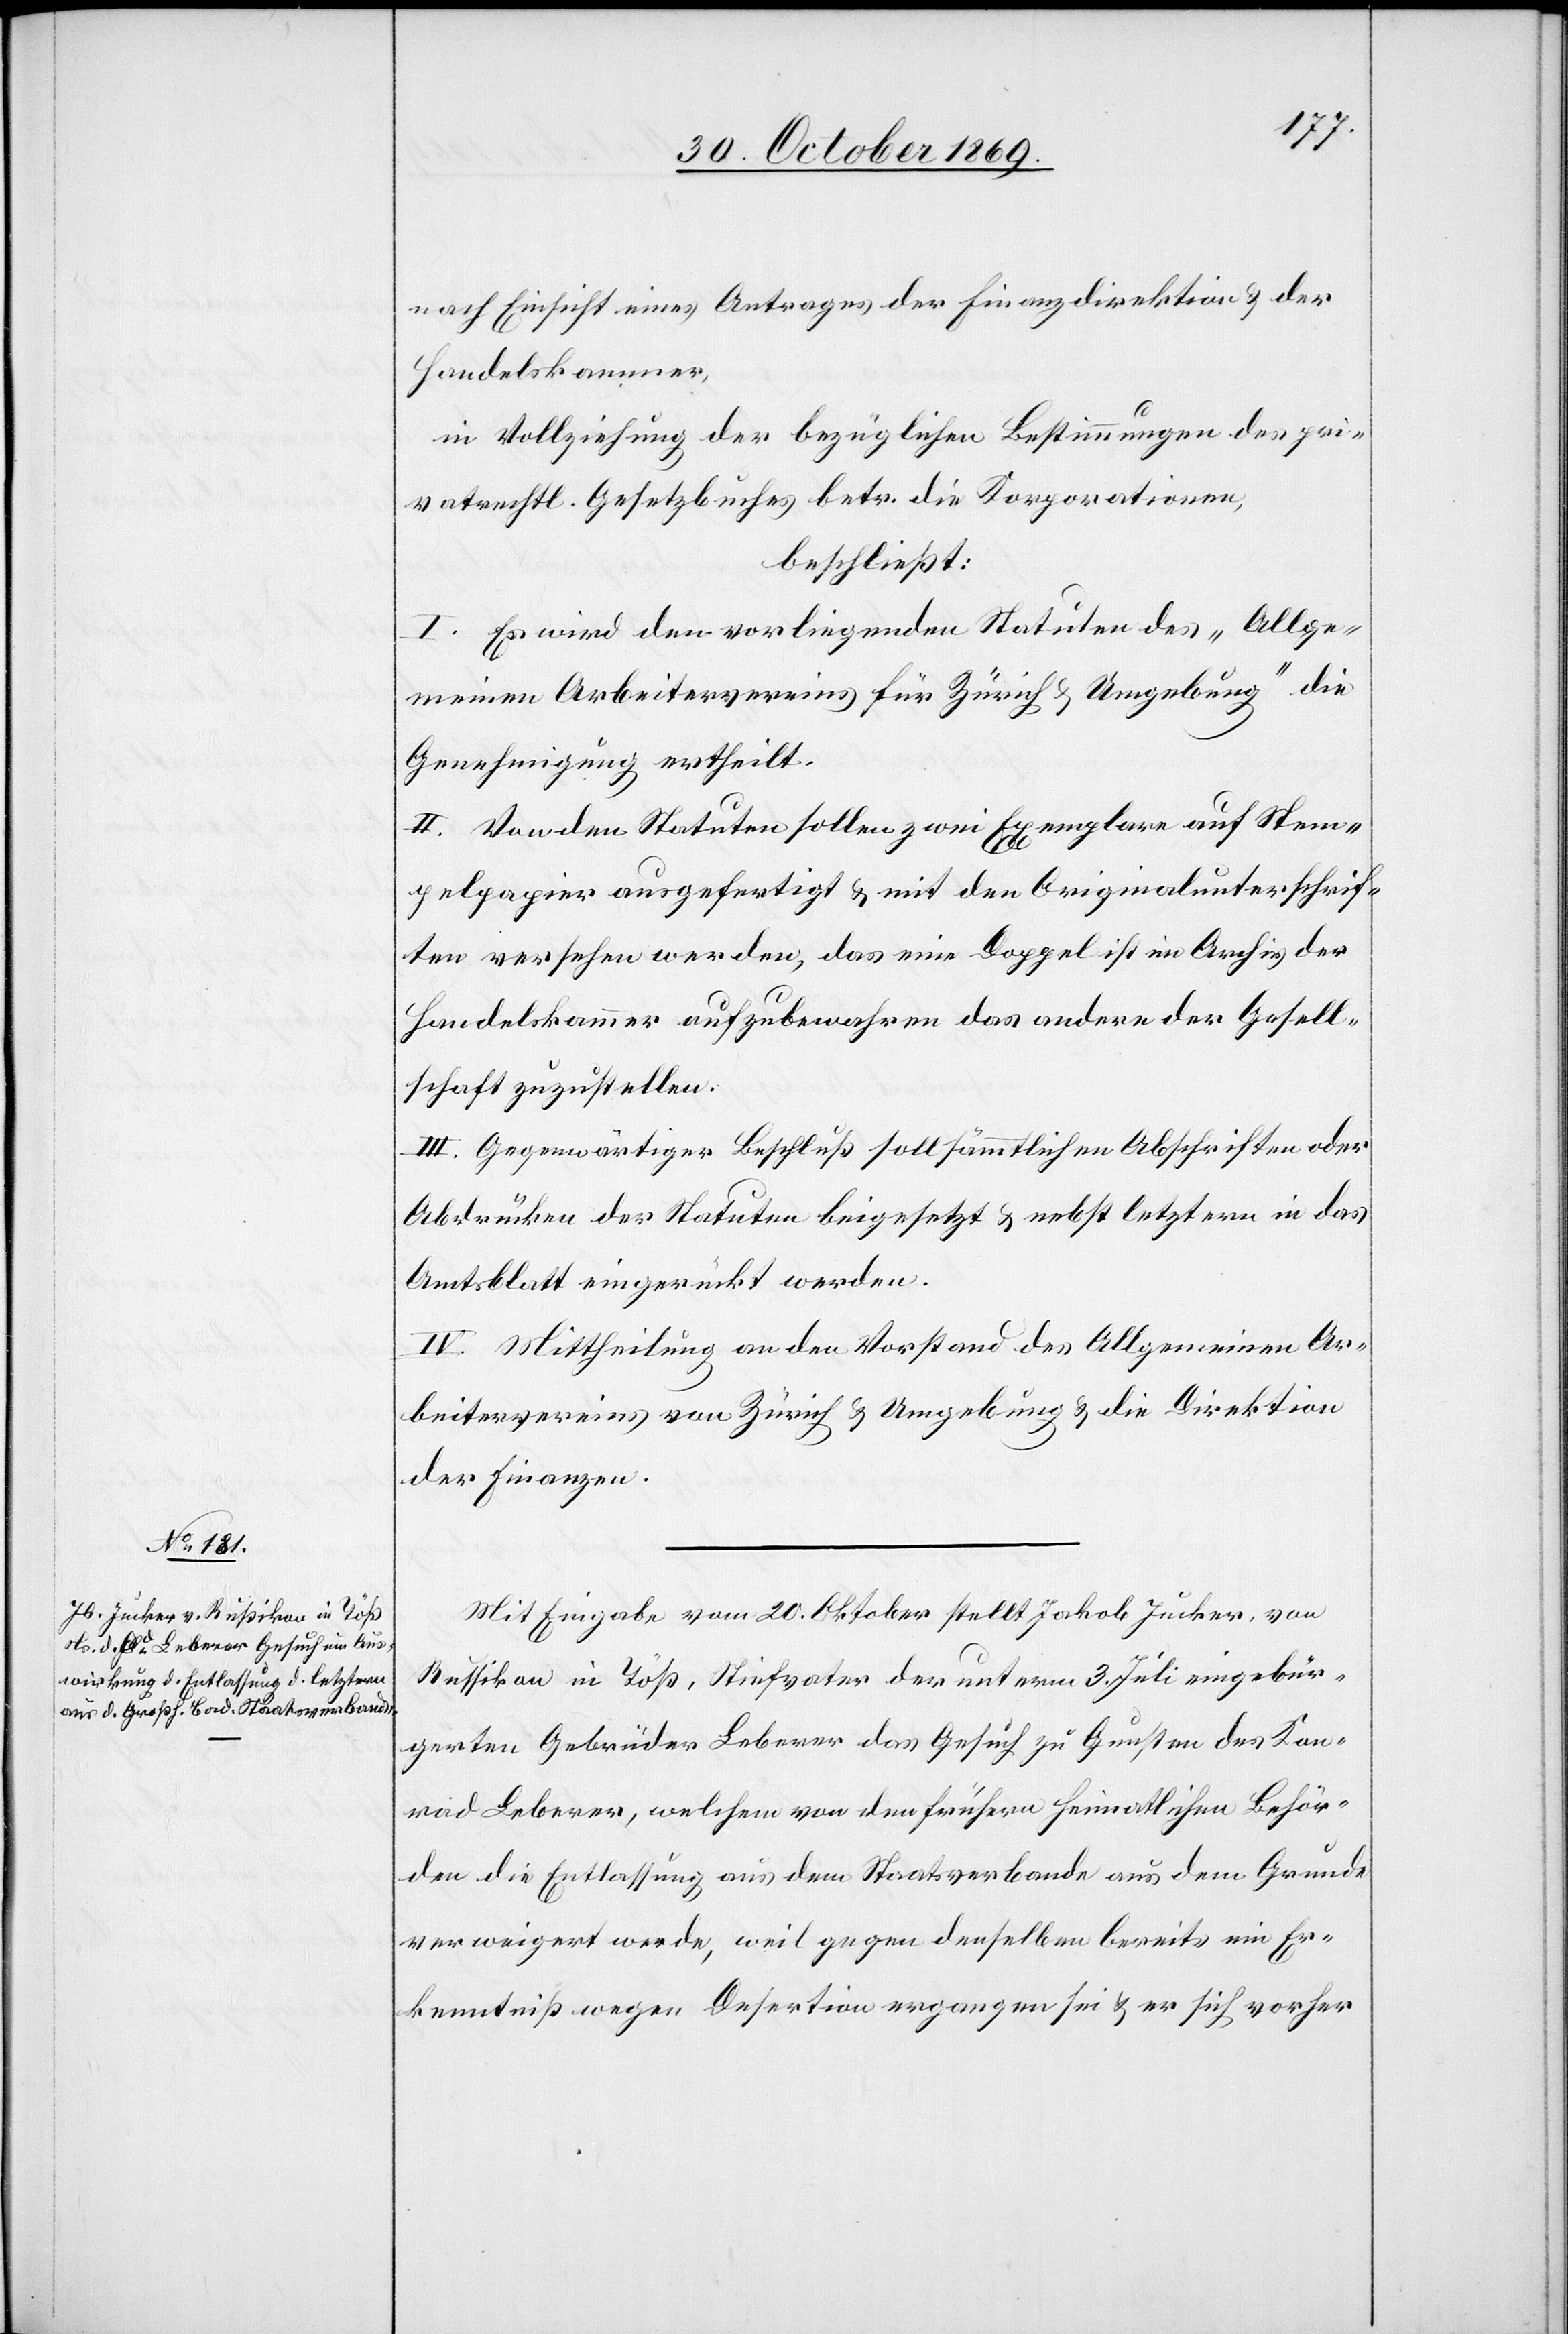
nach Einsicht eines Antrages der Finanzdirektion & der
Handelskammer,
in Vollziehung der bezüglichen Bestimmungen des pri¬
vatrechtl. Gesetzbuches betr. die Korporationen,
beschließt:
I. Es wird den vorliegenden Statuten des „Allge¬
meinen Arbeitervereins für Zürich & Umgebung“ die
Genehmigung ertheilt.
II. Von den Statuten sollen zwei Exemplare auf Stem¬
pelpapier ausgefertigt & mit den Originalunterschrif¬
ten versehen werden, das eine Doppel ist im Archiv der
Handelskammer aufzubewahren das andere der Gesell¬
schaft zuzustellen.
III. Gegenwärtiger Beschluß soll sämmtlichen Abschriften oder
Abdrücken der Statuten beigesetzt & nebst letztern in das
Amtsblatt eingerückt werden.
IV. Mittheilung an den Vorstand des Allgemeinen Ar¬
beitervereins von Zürich & Umgebung & die Direktion
der Finanzen.
Mit Eingabe vom 20. Oktober stellt Jakob Jucker, von
Russikon in Töß, Stiefvater der unterm 3. Juli eingebür¬
gerten Gebrüder Leberer das Gesuch zu Gunsten des Kon¬
rad Leberer, welchem von den frühern heimatlichen Behör¬
den die Entlassung aus dem Staatsverbande aus dem Grunde
verweigert werde, weil gegen denselben bereits ein Er¬
kenntniß wegen Desertion ergangen sei & er sich vorher